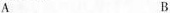
A B